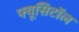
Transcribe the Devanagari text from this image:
फ्यूसिटॉल